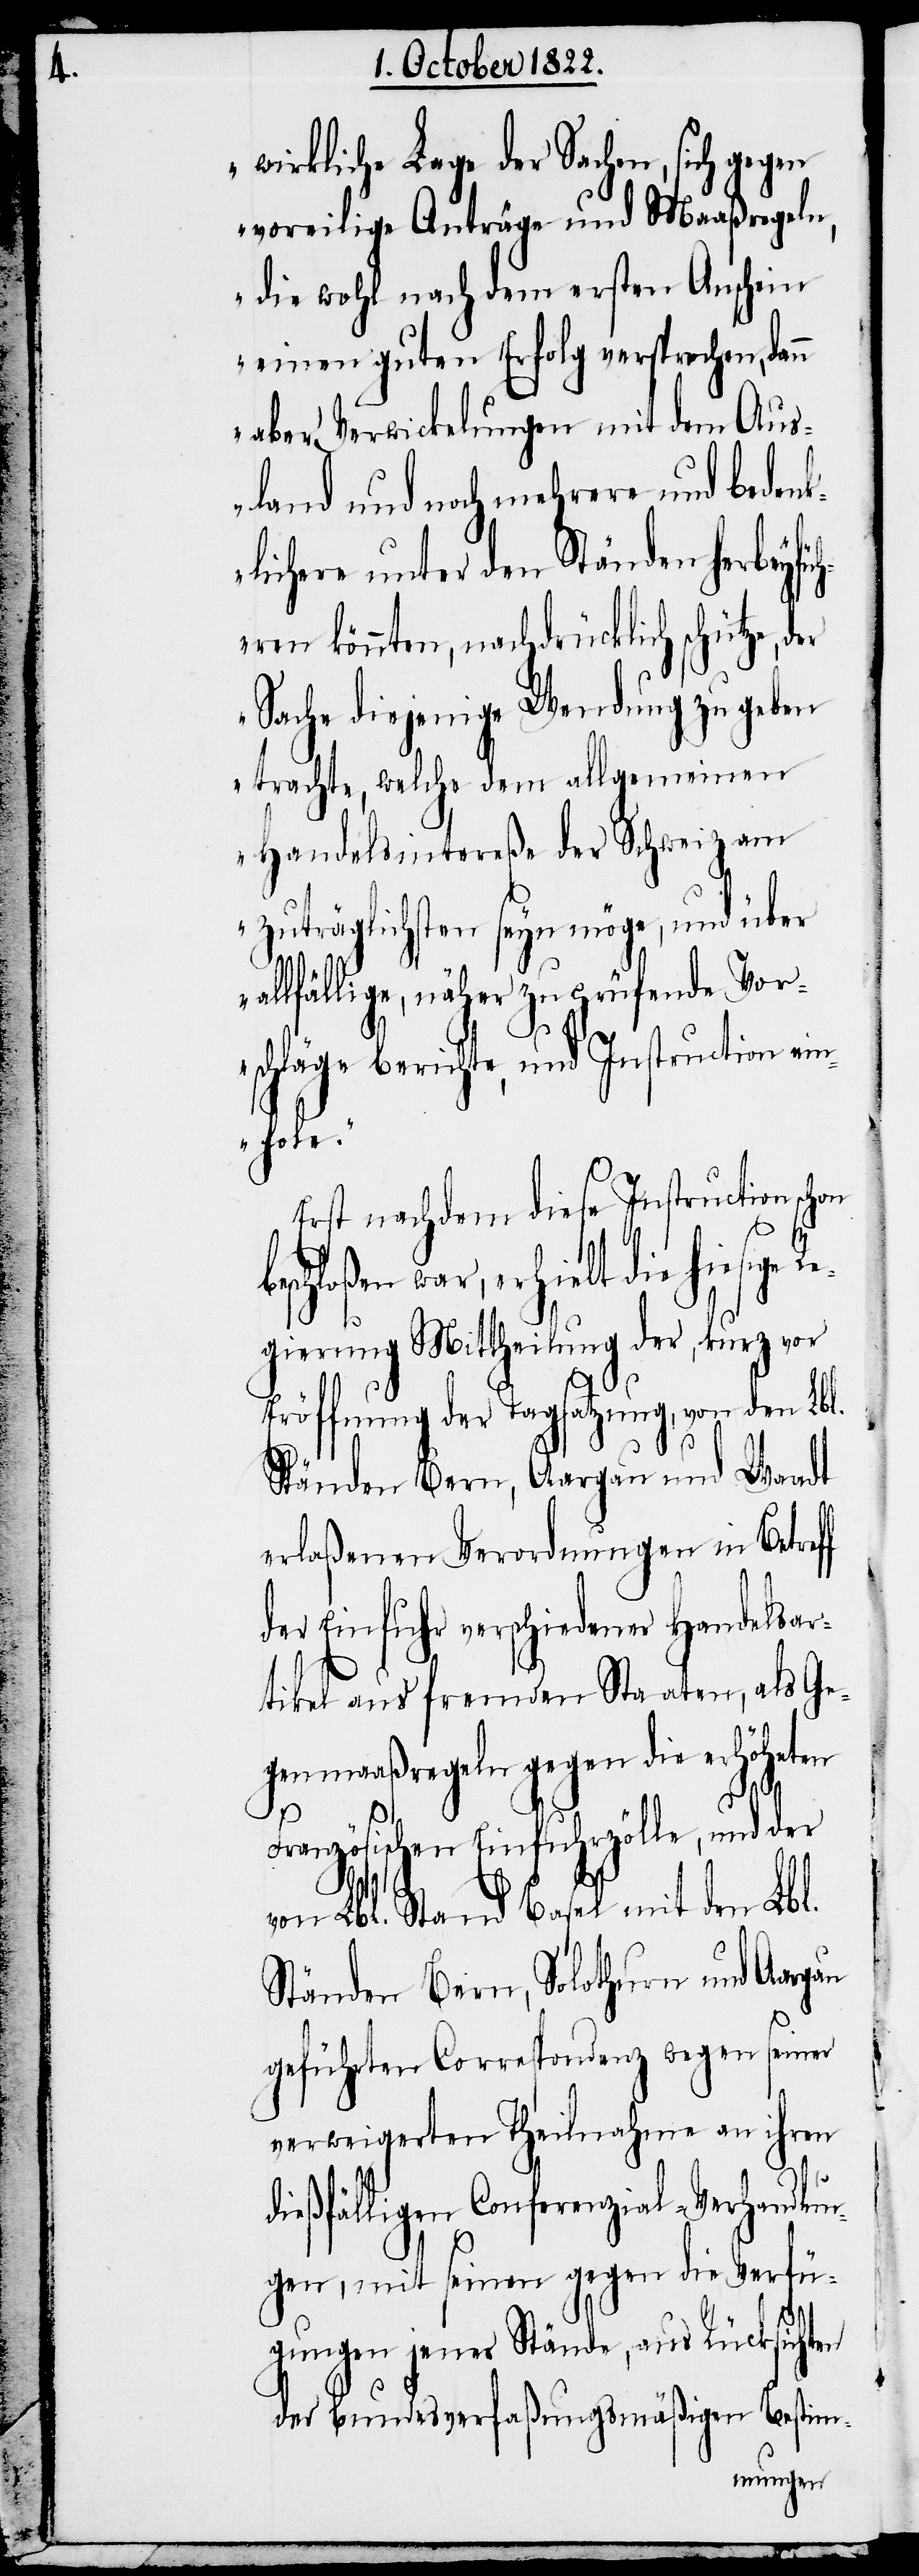
wirkliche Lage der Sachen, sich gegen
voreilige Anträge und Maaßregeln,
die wohl nach dem ersten Anschein
einen guten Erfolg versprechen, dan¬
aber Verwickelungen mit dem Aus¬
land und noch mehrere und beden¬
klichere unter den Ständen herbeyfü¬
hren könnten, nachdrücklich schütze,
Sache diejenige Wendung zu geben
trachte, welche dem allgemeinen
Handelsintereße der Schweiz am
zuträglichsten seyn möge, und über
allfällige, näher zu prüfende Vor¬
f
schläge berichte, und Instruction ein¬
hole.“
Erst nachdem diese Instruction schon
chloßen war, erhielt die hiesige
Regierung Mittheilung der, kurz vor
Eröffnung der Tagsatzung, von den Lbl.
Ständen Bern, Aargau und Waadt
erlaßenen Verordnungen in Betref¬
der Einfuhr verschiedener Handelsar¬
tikel aus fremden Staaten, als Ge¬
genmaaßregeln gegen die erhöheten
Französischen Einfuhrzölle, und der
von Lbl. Stand Basel mit den Lbl.
Ständen Bern, Solothurn und Aargau
geführten Correspondenz wegen seiner
verweigerten Theilnahme an ihren
dießfälligen Conferenzial-Verhandlun¬
gen, mit seinen gegen die Verfü¬
gungen jener Stände, aus Rücksichten
der bundesverfaßungsmäßigen Bestim-